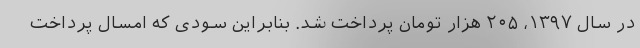
در سال ۱۳۹۷، ۲۰۵ هزار تومان پرداخت شد. بنابراین سودی که امسال پرداخت